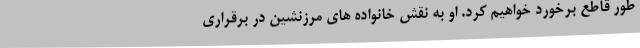
طور قاطع برخورد خواهیم کرد. او به نقش خانواده های مرزنشین در برقراری